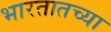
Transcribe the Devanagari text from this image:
भारतातच्या